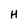
Character: H